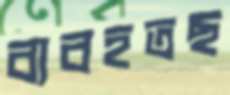
ব্যবহতছ